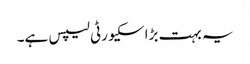
یہ بہت بڑا سکیورٹی لیپس ہے۔